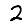
Digit: 2